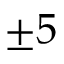
\pm 5